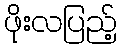
ဖိုးလပြည့်